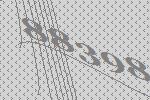
88398